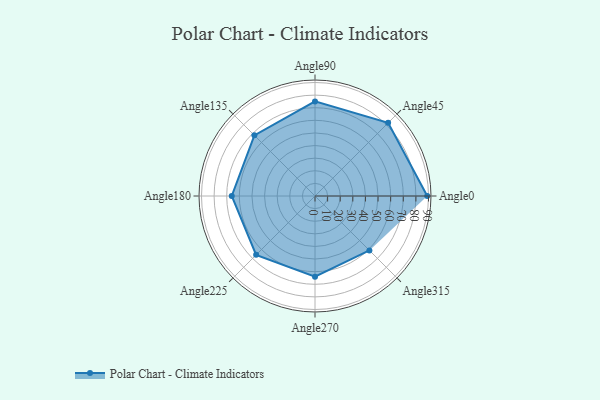
{"axis": {"x": "Angle", "y": "Radius"}, "legend": [""], "data": [{"x": "Angle0", "y": 89.0, "type": ""}, {"x": "Angle45", "y": 82.0, "type": ""}, {"x": "Angle90", "y": 75.0, "type": ""}, {"x": "Angle135", "y": 68.0, "type": ""}, {"x": "Angle180", "y": 66.0, "type": ""}, {"x": "Angle225", "y": 66.0, "type": ""}, {"x": "Angle270", "y": 64.0, "type": ""}, {"x": "Angle315", "y": 61.0, "type": ""}]}